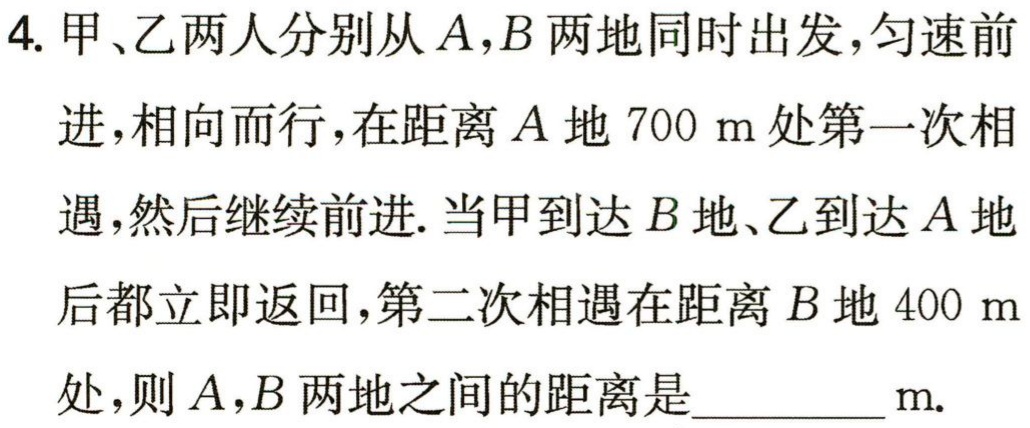
4. 甲、乙两人分别从\(A,B\)两地同时出发，匀速前进，相向而行，在距离\(A\)地\(700\ m\)处第一次相遇，然后继续前进. 当甲到达\(B\)地、乙到达\(A\)地后都立即返回，第二次相遇在距离\(B\)地\(400\ m\)处，则\(A,B\)两地之间的距离是__________\(m\).